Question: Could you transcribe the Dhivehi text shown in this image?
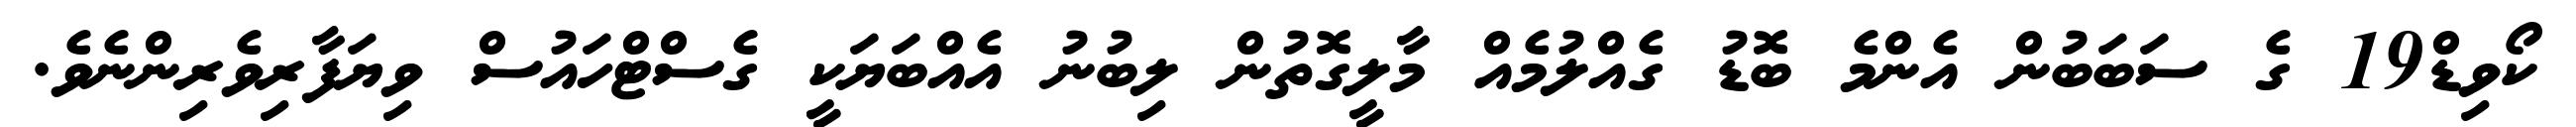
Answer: ކޯވިޑް19 ގެ ސަބަބުން އެންމެ ބޮޑު ގެއްލުމެއް މާލީގޮތުން ލިބުނު އެއްބަޔަކީ ގެސްޓްހައުސް ވިޔަފާރިވެރިންނެވެ.